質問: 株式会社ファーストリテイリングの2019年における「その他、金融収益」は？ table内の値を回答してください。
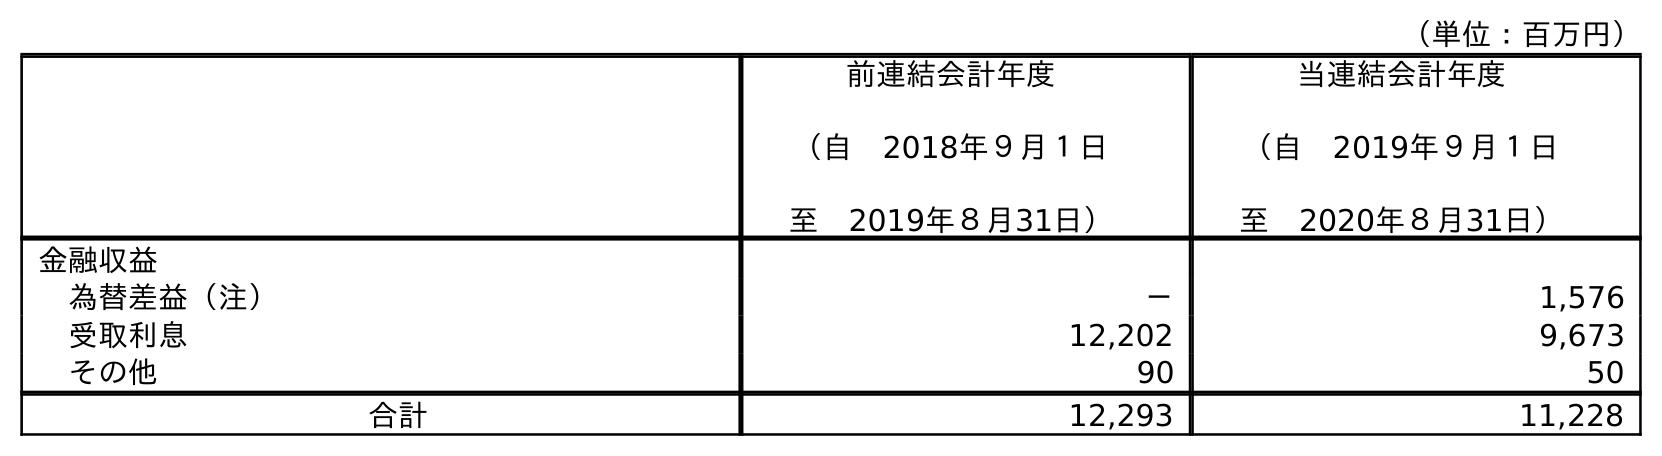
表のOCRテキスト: （単位：百万円） 前連結会計年度 （自 2018年９月１日 至 2019年８月31日） 当連結会計年度 （自 2019年９月１日 至 2020年８月31日） 金融収益 為替差益（注） － 1,576 受取利息 12,202 9,673 その他 90 50 合計 12,293 11,228
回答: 90